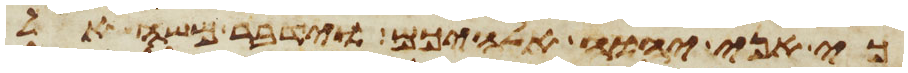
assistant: כי אני יהוה אלהיכם וידבר משה אל